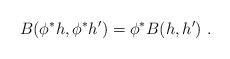
LaTeX: \begin{align*} B(\phi^*h,\phi^*h') = \phi^*B(h,h')~.\end{align*}